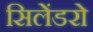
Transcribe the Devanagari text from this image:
सिलेंडरो